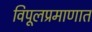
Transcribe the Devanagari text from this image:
विपूलप्रमाणात